Sketch of the medical history of the native army of Bombay, for the year
Year: 1872
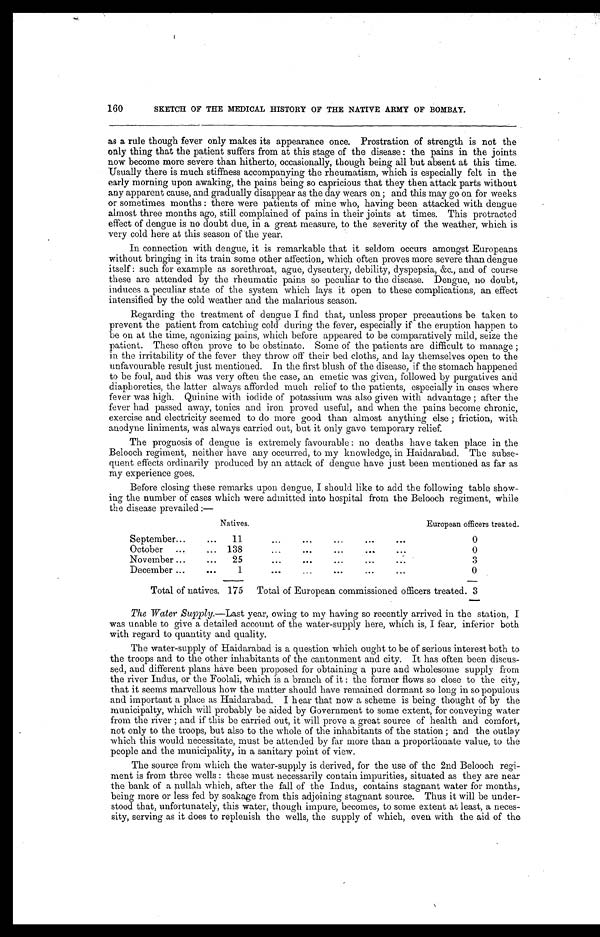
160
SKETCH OF THE MEDICAL HISTORY OF THE NATIVE ARMY OF BOMBAY.
as a rule though fever only makes its appearance once. Prostration of strength is not the
only thing that the patient suffers from at this stage of the disease: the pains in the joints
now become more severe than hitherto, occasionally, though being all but absent at this time.
Usually there is much stiffness accompanying the rheumatism, which is especially felt in the
early morning upon awaking, the pains being so capricious that they then attack parts without
any apparent cause, and gradually disappear as the day wears on; and this may go on for weeks
or sometimes months: there were patients of mine who, having been attacked with dengue
almost three months ago, still complained of pains in their joints at times. This protracted
effect of dengue is no doubt due, in a great measure, to the severity of the weather, which is
very cold here at this season of the year.
In connection with dengue, it is remarkable that it seldom occurs amongst Europeans
without bringing in its train some other affection, which often proves more severe than dengue
itself: such for example as sorethroat, ague, dysentery, debility, dyspepsia, &c., and of course
these are attended by the rheumatic pains so peculiar to the disease. Dengue, no doubt,
induces a peculiar state of the system which lays it open to these complications, an effect
intensified by the cold weather and the malarious season.
Regarding the treatment of dengue I find that, unless proper precautions be taken to
prevent the patient from catching cold during the fever, especially if the eruption happen to
be on at the time, agonizing pains, which before appeared to be comparatively mild, seize the
patient. These often prove to be obstinate. Some of the patients are difficult to manage;
in the irritability of the fever they throw off their bed cloths, and lay themselves open to the
unfavourable result just mentioned. In the first blush of the disease, if the stomach happened
to be foul, and this was very often the case, an emetic was given, followed by purgatives and
diaphoretics, the latter always afforded much relief to the patients, especially in cases where
fever was high. Quinine with iodide of potassium was also given with advantage; after the
fever had passed away, tonics and iron proved useful, and when the pains become chronic,
exercise and electricity seemed to do more good than almost anything else; friction, with
anodyne liniments, was always carried out, but it only gave temporary relief.
The prognosis of dengue is extremely favourable: no deaths have taken place in the
Belooch regiment, neither have any occurred, to my knowledge, in Haidarabad. The subse
-quent effects ordinarily produced by an attack of dengue have just been mentioned as far as
my experience goes.
Before closing these remarks upon dengue, I should like to add the following table show
-ing the number of cases which were admitted into hospital from the Belooch regiment, while
the disease prevailed:—
Natives.
European officers treated.
Se p tember . . .
11 . . .
0
October . . .
138 . . .
0
November . . .
25 . . .
3
December . . .
1 . . .
0
Total of natives. 175 Total of European commissioned officers treated. 3
The Water Supply.—Last year, owing to my having so recently arrived in the station, I
was unable to give a detailed account of the water-supply here, which is, I fear, inferior both
with regard to quantity and quality.
The water-supply of Haidarabad is a question which ought to be of serious interest both to
the troops and to the other inhabitants of the cantonment and city. It has often been discus
-sed, and different plans have been proposed for obtaining a pure and wholesome supply from
the river Indus, or the Foolali, which is a branch of it: the former flows so close to the city,
that it seems marvellous how the matter should have remained dormant so long in so populous
and important a place as Haidarabad. I hear that now a scheme is being thought of by the
municipalty, which will probably be aided by Government to some extent, for conveying water
from the river; and if this be carried out, it will prove a . great source of health and comfort,
not only to the troops, but also to the whole of the inhabitants of the station; and the outlay
which this would necessitate, must be attended by far more than a proportionate value, to the
people and the municipality, in a sanitary point of view.
The source from which the water-supply is derived, for the use of the 2nd Belooch regi
-ment is from three wells: these must necessarily contain impurities, situated as they are near
the bank of a nullah which, after the fall of the Indus, contains stagnant water for months,
being more or less fed by soakage from this adjoining stagnant source. Thus it will be under
-stood that, unfortunately, this water, though impure, becomes, to some extent at least, a neces
-sity, serving as it does to replenish the wells, the supply of which, even with the aid of the